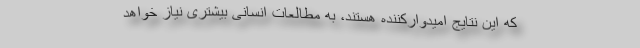
که این نتایج امیدوارکننده هستند، به مطالعات انسانی بیشتری نیاز خواهد